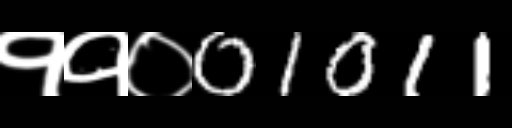
Text: ११०01011